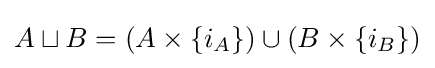
A\sqcup B=\left(A\times \{i_{A}\}\right)\cup \left(B\times \{i_{B}\}\right)